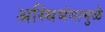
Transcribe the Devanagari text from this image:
अस्थिभंगामुळे